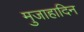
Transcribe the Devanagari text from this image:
मुजाहादिन